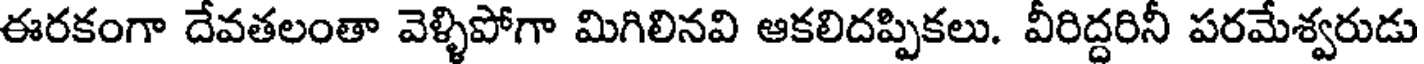
ఈరకంగా దేవతలంతా వెళ్ళిపోగా మిగిలినవి ఆకలిదప్పికలు. వీరిద్దరినీ పరమేశ్వరుడు